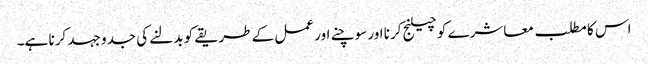
اس کا مطلب معاشرے کو چیلنج کرنا اور سوچنے اور عمل کے طریقے کو بدلنے کی جدو جہد کرنا ہے۔